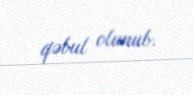
qəbul olunub.